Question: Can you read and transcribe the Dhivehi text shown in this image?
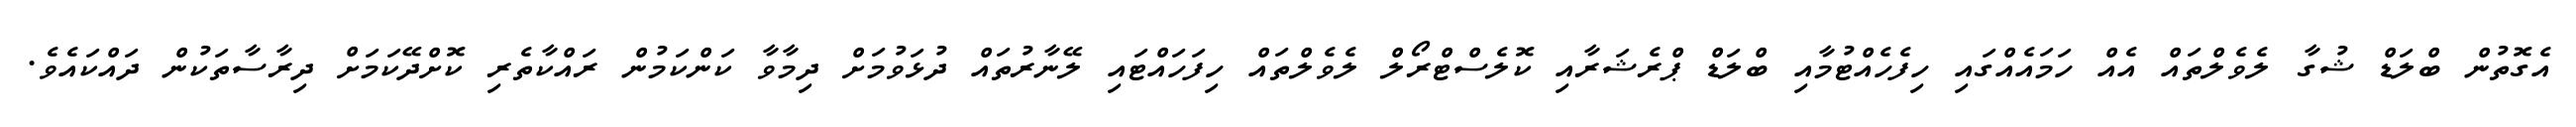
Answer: އެގޮތުން ބްލަޑް ޝުގާ ލެވެލްތައް އެއް ހަމައެއްގައި ހިފެހެއްޓުމާއި ބްލަޑް ޕްރެޝަރާއި ކޮލެސްޓްރޯލް ލެވެލްތައް ހިފަހައްޓައި ލޭނާރުތައް ދުޅަވުމަށް ދިމާވާ ކަންކަމުން ރައްކާތެރި ކޮށްދޭކަމަށް ދިރާސާތަކުން ދައްކައެވެ.